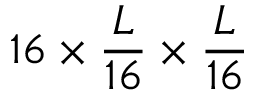
1 6 \times \frac { L } { 1 6 } \times \frac { L } { 1 6 }